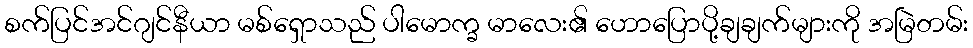
စက်ပြင်အင်ဂျင်နီယာ မစ်ရှောသည် ပါမောက္ခ မာလေး၏ ဟောပြောပို့ချချက်များကို အမြဲတမ်း